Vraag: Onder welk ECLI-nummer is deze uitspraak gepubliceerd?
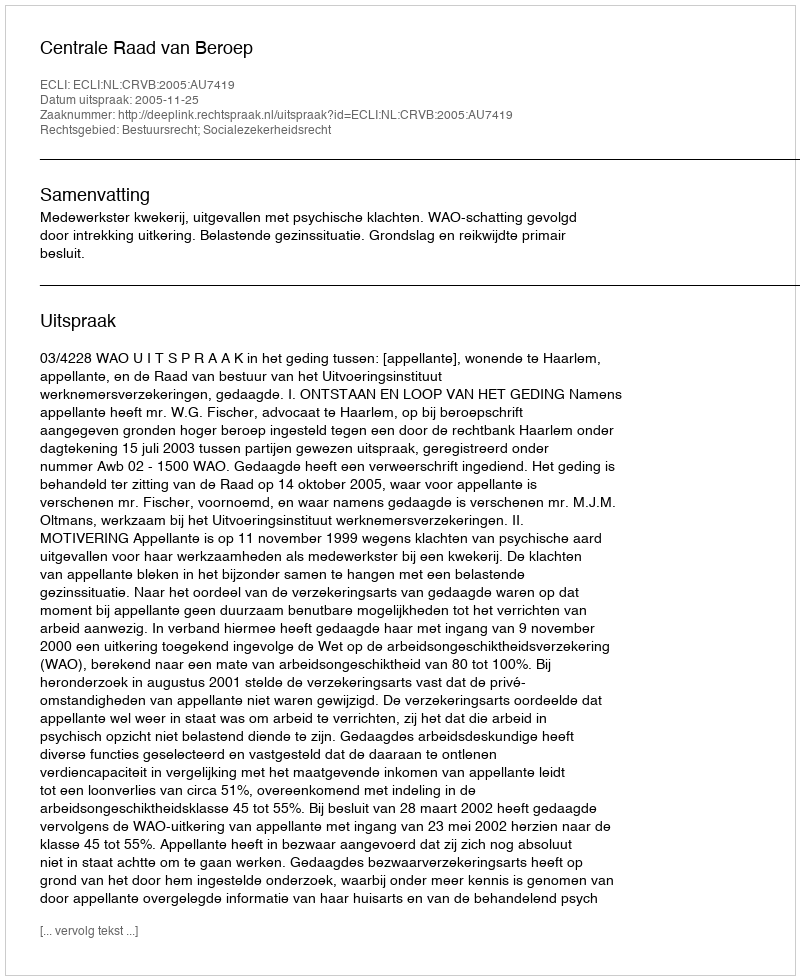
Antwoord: ECLI:NL:CRVB:2005:AU7419